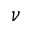
\nu